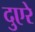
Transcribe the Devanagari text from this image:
दुएरे